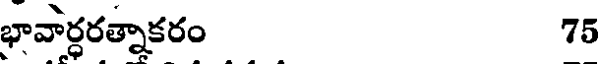
భావార్ధరత్నాకరం 75